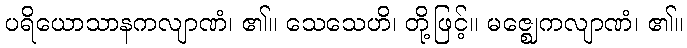
ပရိယောသာနကလျာဏံ၊ ၏။ သေသေဟိ၊ တို့ဖြင့်။ မဇ္ဈေကလျာဏံ၊ ၏။